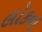
લોકના